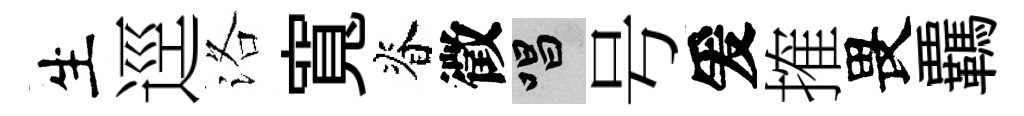
生逕洛寬脊徵唱号爰搉畏覊